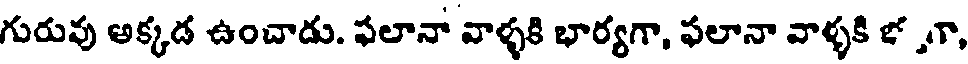
గురువు అక్కడ ఉంచాడు. ఫలానా వాళ్ళకి భార్యగా, ఫలానా వాళ్ళకి గా,